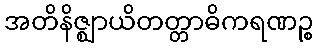
အတိနိဇ္ဈာယိတတ္တာဓိကရဏဉ္စ